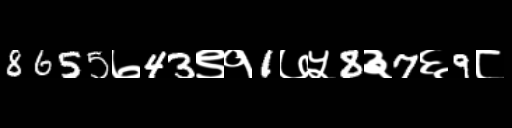
Text: 8655७43९१1७५8३7६9८